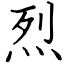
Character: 烈